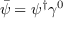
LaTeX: { \bar { \psi } } = \psi ^ { \dagger } \gamma ^ { 0 }